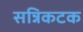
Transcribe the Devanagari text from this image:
सन्निकटक